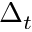
\Delta _ { t }